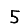
Digit: 5